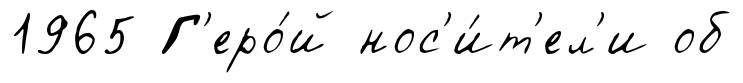
1965 Г'еро́й нос'и́т'ел'и об